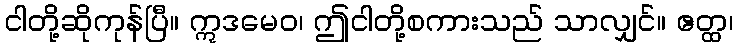
ငါတို့ဆိုကုန်ပြီ။ ဣဒမေဝ၊ ဤငါတို့စကားသည် သာလျှင်။ ဧတ္ထ၊